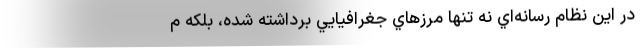
در اين نظام رسانه‌اي نه تنها مرزهاي جغرافيايي برداشته شده، بلكه م